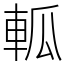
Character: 軱